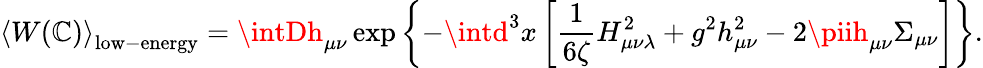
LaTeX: \left<W(\mathbb{C})\right>_{\mathrm{{low-energy}}}=\intDh_{\mu\nu}\exp\left\{ -\intd^{3}x\left[\frac{{1}}{{6\zeta}}H_{\mu\nu\lambda}^{2}+g^{2}h_{\mu\nu}^{2}-2\piih_{\mu\nu}\Sigma_{\mu\nu}\right]\right\} .